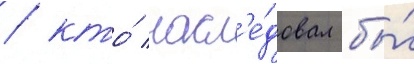
/ кто́ насл'е́довал бы́